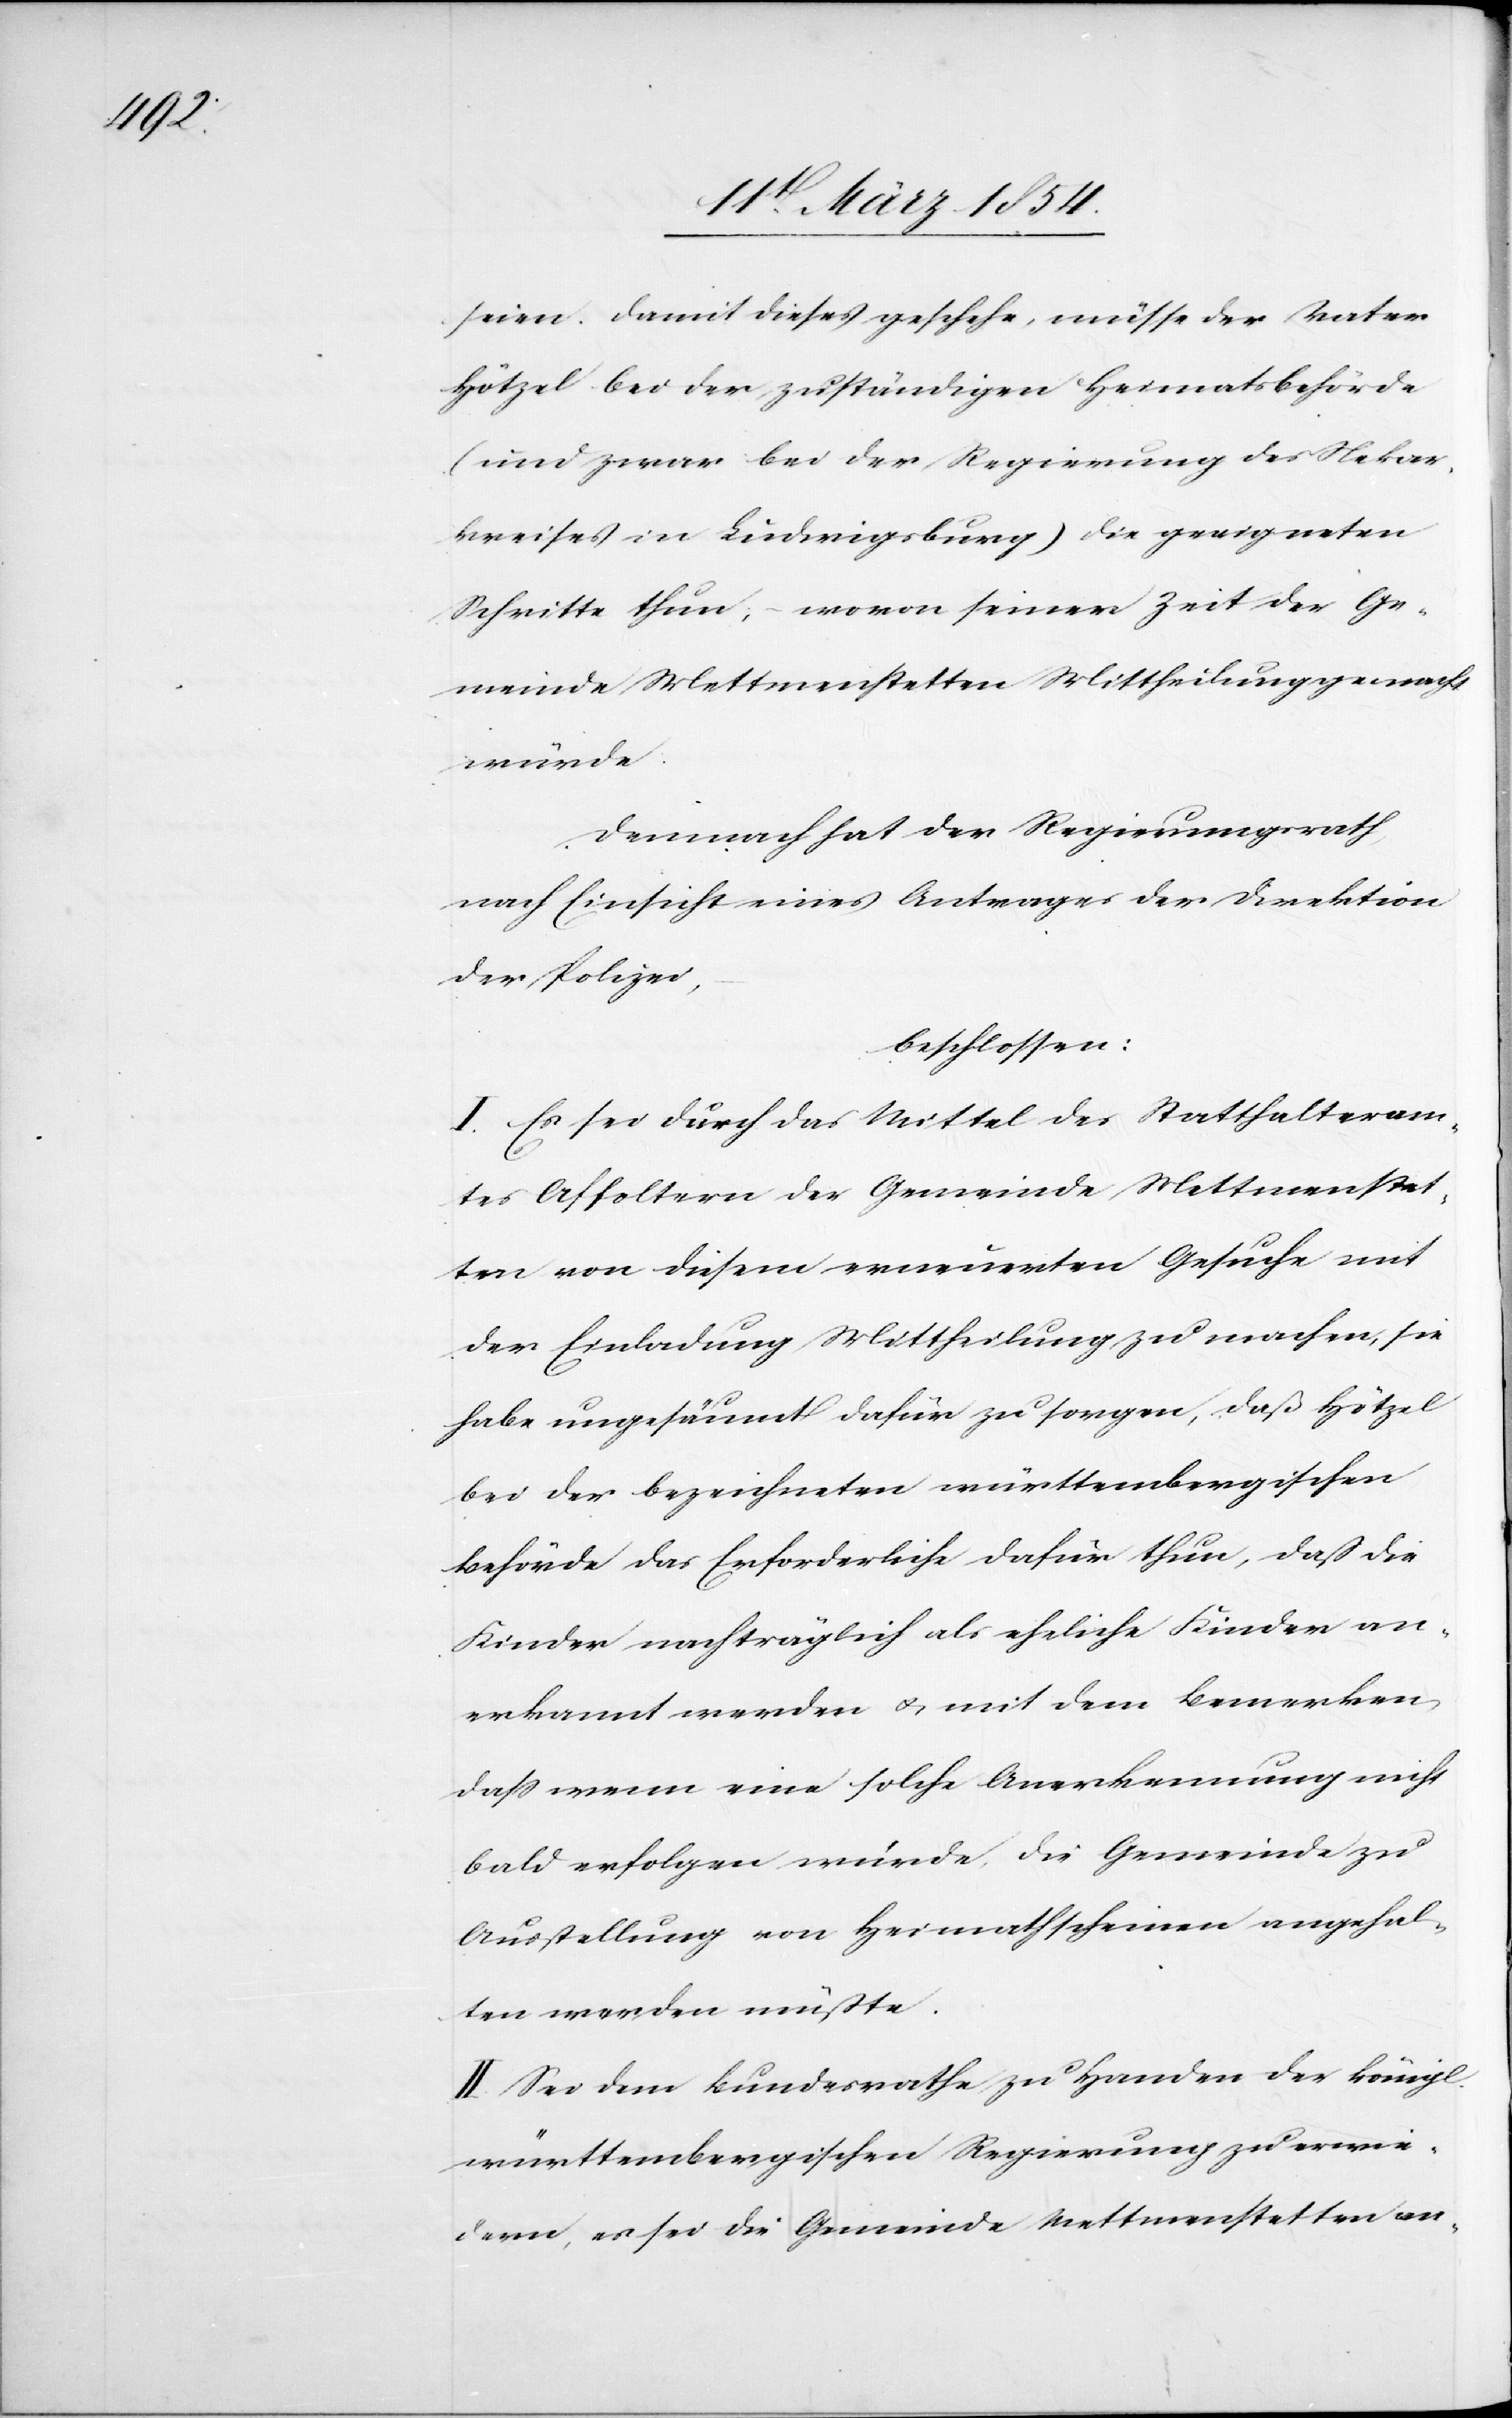
seien. Damit dieses geschehe, müsse der Vater
Hötzel bei der zuständigen Heimatsbehörde
(und zwar bei der Regierung des Nekar¬
kreises in Ludwigsburg) die geeigneten
Schritte thun; – wovon seiner Zeit der Ge¬
meinde Mettmenstetten Mittheilung gemacht
wurde.
Demnach hat der Regierungsrath,
nach Einsicht eines Antrages der Direktion
der Polizei,
beschlossen:
I. Es sei durch das Mittel des Statthalteram¬
tes Affoltern der Gemeinde Mettmenstet¬
ten von diesem erneuerten Gesuche mit
der Einladung Mittheilung zu machen, sie
habe ungesäumt dafür zu sorgen, daß Hötzel
bei der bezeichneten württembergischen
Behörde das Erforderliche dafür thun, daß die
Kinder nachträglich als eheliche Kinder an¬
erkannt werden u. mit dem Bemerken,
daß wenn eine solche Anerkennung nicht
bald erfolgen würde, die Gemeinde zu
Ausstellung von Heimathscheinen angehal¬
ten werden müßte.
II. Sei dem Bundesrathe zu Handen der königl.
württembergischen Regierung zu erwie¬
dern, es sei die Gemeinde Mettmenstetten an-